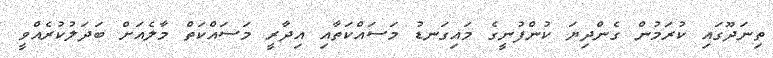
ތިނަދޫގައި ކުރަމުން ގެންދިޔަ ކުންފުނީގެ މައިގަނޑު މަސައްކަތާއި އިދާރީ މަސައްކަތް މާލެއަށް ބަދަލުކުރެއްވީ